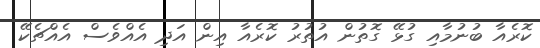
ކޮރެއާ ބުނުމާއި ގުޅޭ ގޮތުން އުތުރު ކޮރެއާ އިން އަދި އެއްވެސް އެއްޗެކޭ